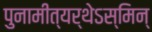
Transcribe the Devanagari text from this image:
पुनामीत्यर्थेऽस्मिन्